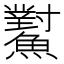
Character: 𩼸